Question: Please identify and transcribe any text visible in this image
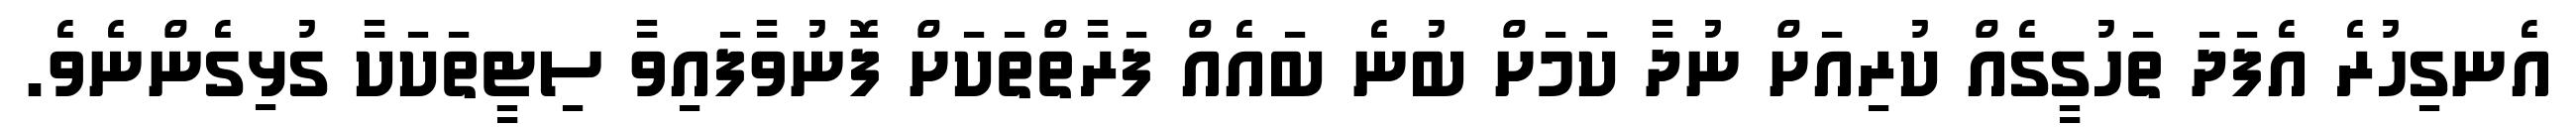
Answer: އެނގިހުރެ އެފަދަ ތަހުގީގެއް ކުރިއަށް ނުދާ ކަމަށް ބުނެ ބައެއް ފަރާތްތަކަށް ފޮނުވާފައިވާ ސިޓީތަކަކާ ގުޅިގެންނެވެ.